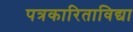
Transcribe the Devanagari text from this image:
पत्रकारिताविद्या